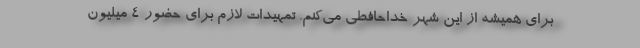
برای همیشه از این شهر خداحافطی می‌کنم. تمهیدات لازم برای حضور 4 میلیون